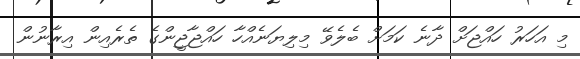
މި އަހަރު ހައްޖަށް ދާނެ ކަމަށް ބެލެވޭ މިލިޔަނެއްހާ ހައްޖާޖީންގެ ތެރެއިން އިރާނުން